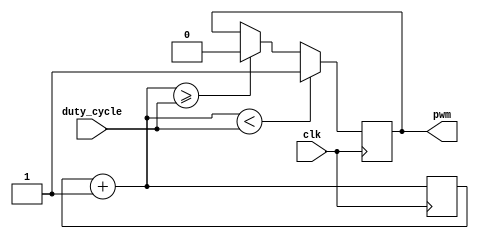
/*****************************************************************************
* PWM generating module, uses duty cycle value from duty_cycle module
******************************************************************************/
module pwm_gen (
	input    	clk, 
	input [3:0]	duty_cycle, 
	output reg	pwm
);

reg [3:0]	count;

initial 
begin
	count=4'b0000;
	pwm=1'b0;
	
end

always @(posedge clk)
begin
	count = count + 1'b1;
	if (count < duty_cycle) 
		begin 
			pwm = 1'b1;
		end
	else if (count >= duty_cycle)
		begin
			pwm = 1'b0;
		end
end

endmodule